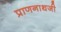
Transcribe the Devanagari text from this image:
प्राणनाथजी